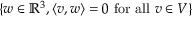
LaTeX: \{ w \in \mathbb { R } ^ { 3 } , \langle v , w \rangle = 0 { \mathrm { ~ f o r ~ a l l ~ } } v \in V \}